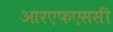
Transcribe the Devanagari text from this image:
आरएफएससी